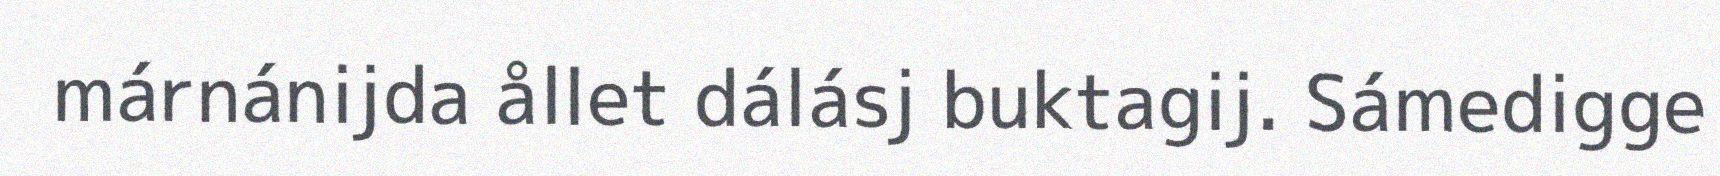
márnánijda ållet dálásj buktagij. Sámedigge